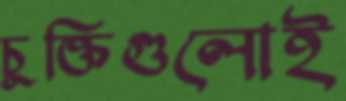
চুক্তিগুলোই